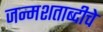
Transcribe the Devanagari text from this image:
जन्मशताब्दीचे